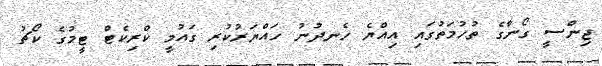
ޖިންސީ ގޯނާގެ ތުހުމަތުގައި އިއްޔެ ހެނދުނު ހައްޔަރުކުރި ގައުމީ ކްރިކެޓް ޓީމުގެ ކޯޗު